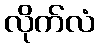
လိုက်လံ